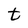
Character: t